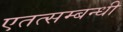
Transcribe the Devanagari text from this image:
एतत्सम्बन्धी